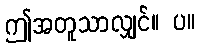
ဤအတူသာလျှင်။ ပ။